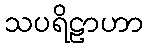
သပရိဠာဟာ